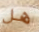
هل